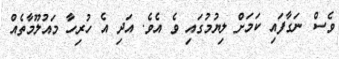
ވެސް ނަގާފައި ކަމަށް ލިޔުމުގައި ވެ އެވެ. އަދި އެ ހުރިހާ މައުލޫމާތެއް